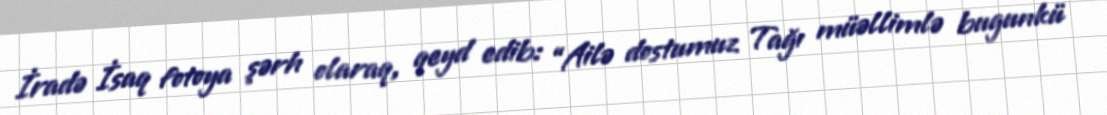
İradə İsaq fotoya şərh olaraq, qeyd edib: “Ailə dostumuz Tağı müəllimlə bugunkü